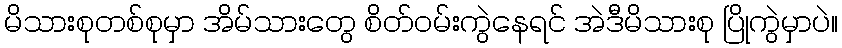
မိသားစုတစ်စုမှာ အိမ်သားတွေ စိတ်ဝမ်းကွဲနေရင် အဲဒီမိသားစု ပြိုကွဲမှာပဲ။